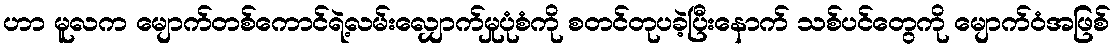
ဟာ မူလက မျောက်တစ်ကောင်ရဲ့လမ်းလျှောက်မှုပုံစံကို စတင်တုပခဲ့ပြီးနောက် သစ်ပင်တွေကို မျောက်ဝံအဖြစ်